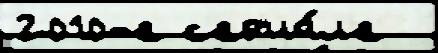
2010-е с'ер'иа́л'е